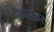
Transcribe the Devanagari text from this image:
फ़ोस्फेट